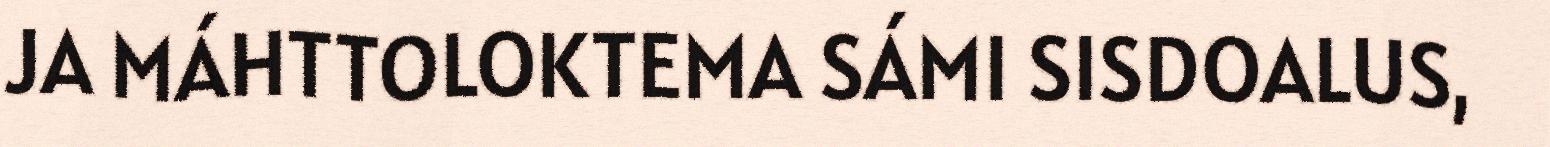
JA MÁHTTOLOKTEMA SÁMI SISDOALUS,